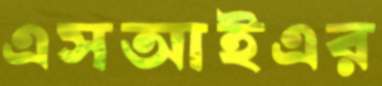
এসআইএর